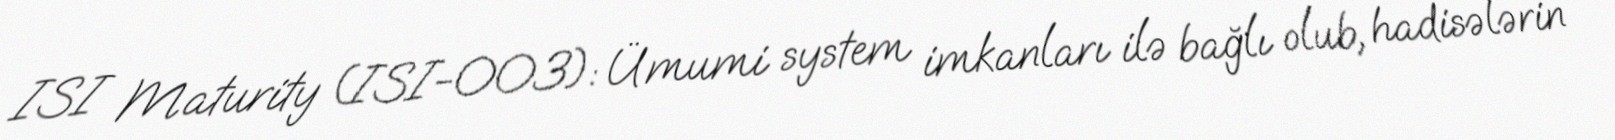
ISI Maturity (ISI-003): Ümumi system imkanları ilə bağlı olub, hadisələrin